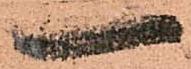
一